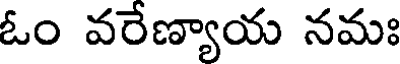
ఓం వరేణ్యాయ నమః